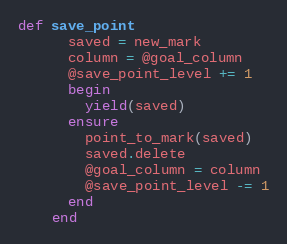
Language: Ruby
def save_point
      saved = new_mark
      column = @goal_column
      @save_point_level += 1
      begin
        yield(saved)
      ensure
        point_to_mark(saved)
        saved.delete
        @goal_column = column
        @save_point_level -= 1
      end
    end